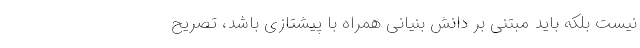
نیست بلکه باید مبتنی بر دانش‌ بنیانی همراه با پیشتازی باشد، تصریح